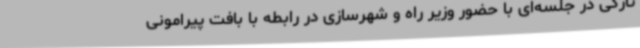
تازگی در جلسه‌ای با حضور وزیر راه و شهرسازی در رابطه با بافت پیرامونی